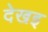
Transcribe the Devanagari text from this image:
देखइ